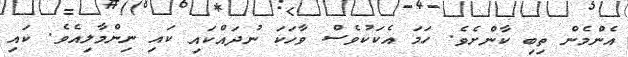
އެންމެން ތިބި ކާންށެވެ. ހަމަ އެކަކުވެސް ވާހަކަ ނުދައްކައި ކައި ނިންމާލިއެވެ. ކައި